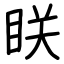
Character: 眹